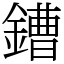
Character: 鏪